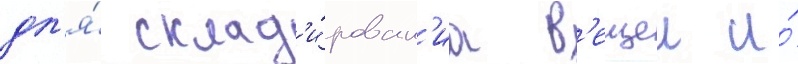
дл'я́ склад'и́рован'иа в'ещеи и́